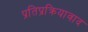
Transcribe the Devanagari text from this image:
प्रतिप्रक्रियावाद